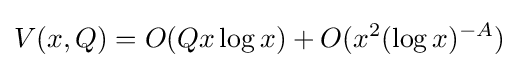
V(x,Q)=O(Qx\log x)+O(x^{2}(\log x)^{-A})\